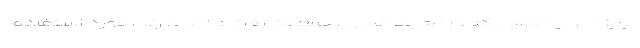
بویژه برای آنهایی که در محیط های پرجمعیت رفت و آمد دارند، مورد استفاده